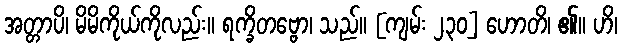
အတ္တာပိ၊ မိမိကိုယ်ကိုလည်း။ ရက္ခိတဗ္ဗော၊ သည်။ [ကျမ်း ၂၃၀] ဟောတိ၊ ၏။ ဟိ၊